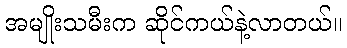
အမျိုးသမီးက ဆိုင်ကယ်နဲ့လာတယ်။